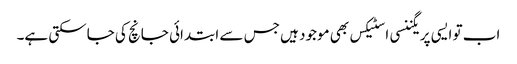
اب تو ایسی پریگننسی ا سٹیکس بھی موجود ہیں جس سے ابتدائی جانچ کی جاسکتی ہے۔